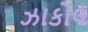
ઝાકોલ